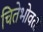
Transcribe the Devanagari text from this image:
चितेभोवती